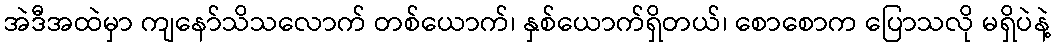
အဲဒီအထဲမှာ ကျနော်သိသလောက် တစ်ယောက်၊ နှစ်ယောက်ရှိတယ်၊ စောစောက ပြောသလို မရှိပဲနဲ့